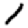
Digit: 1